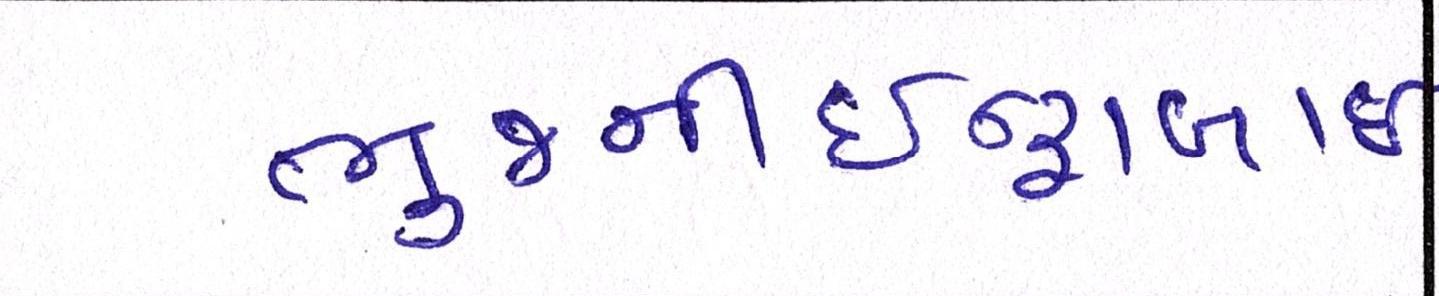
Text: ભુજનીઇન્દ્રાબાઇ